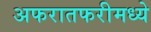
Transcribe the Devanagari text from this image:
अफरातफरीमध्ये